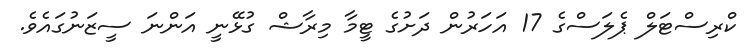
ކްރިސްޓަލް ޕެލަސްގެ 17 އަހަރުން ދަށުގެ ޓީމާ މިރާޝް ގުޅޭނީ އަންނަ ސީޒަނުގައެވެ.